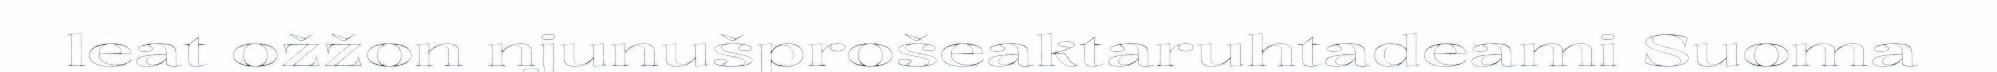
leat ožžon njunušprošeaktaruhtadeami Suoma